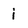
Character: i